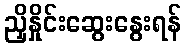
ညှိနှိုင်းဆွေးနွေးရန်